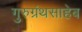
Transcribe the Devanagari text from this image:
गुरुग्रंथसाहेब